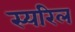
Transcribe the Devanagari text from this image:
स्यरिल